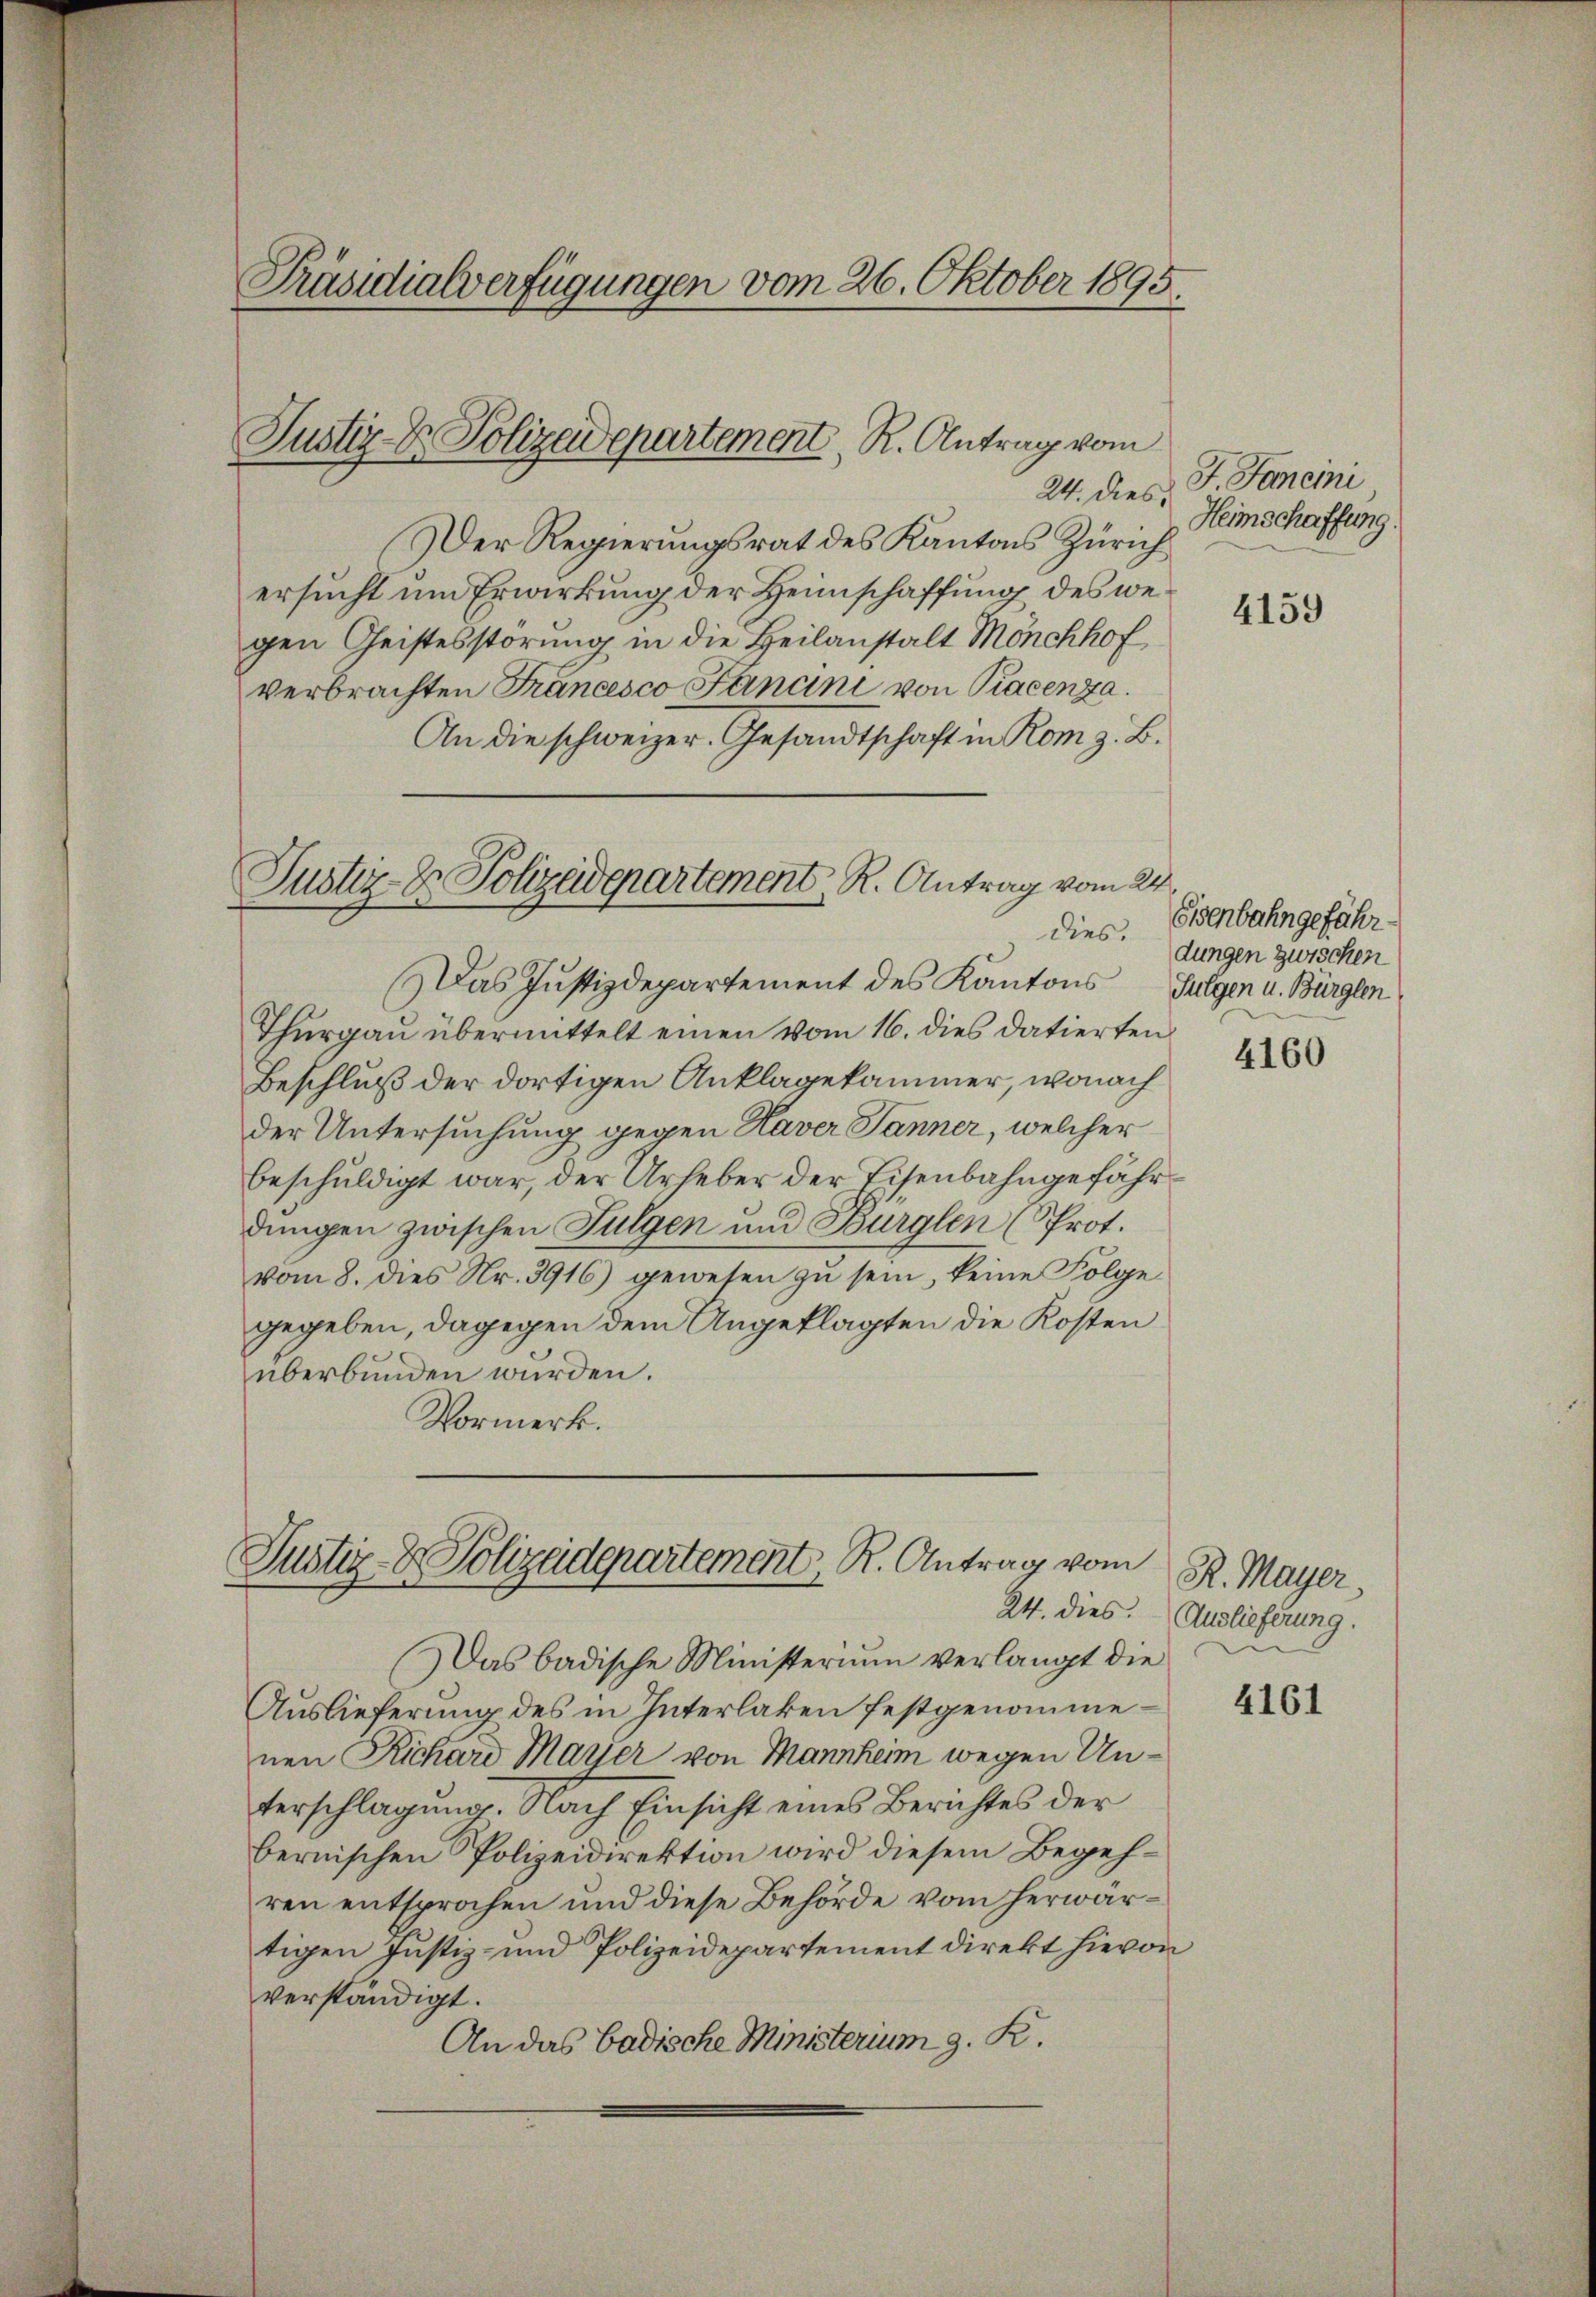
Präsidialverfügungen vom 26. Oktober 1895.

Justiz- & Polizeidepartement R. Antrag vom

24. dies
Der Regierungsrat des Kantons Zürich
ersucht um Erwirkung der Heimschaffung des wegen Geistesstörung in die Heilanstalt Mönchhof
verbrachten Francesco Fanani von Piacenza.
An die schweizer. Gesandtschaft in Rom z. B.
Das Justizdepartement des Kantons
Thurgau übermittelt einen vom 16. dies datierten
Beschluß der dortigen Anklagekammer, wonach
der Untersuchung gegen Haver Jänner, welcher
beschuldigt war, der Urheber der Eisenbahngefährdungen zwischen Fulgen und Bürglen (Prot.
vom 8. dies Nr. 3916) gewesen zŭ sein, keine Folge
gegeben, dagegen dem Angeklagten die Kosten
überbunden würden.
Vormerk.

Justiz-Dr. Polizeidepartement, R. Antrag vom 24.
dies.

Justiz- & Polizeidepartement, R. Antrag vom

Das badische Ministerium verlangt die
Auslieferung des in Interlaken festgenommenen Richard Mayer von Mannher wegen Unterschlagung. Nach Einsicht eines Berichtes der
bernischen Polizeidirektion wird diesem Begehren entsprochen und diese Behörde vom herwartigen Justiz- und Polizeidepartement direkt hievon
verständigt.
An das badische Ministerium z. R.

J. Janeini
Heimschaffung.

4159

Eisenbahngefähr
dungen zwischen
Fulgen u. Burglen

4160

R. Mayer.
24. dies. (Auslieferung.

4161